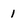
Character: 1